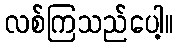
လစ်ကြသည်ပေါ့။